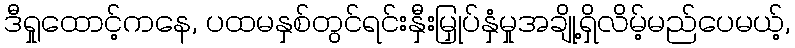
ဒီရှုထောင့်ကနေ, ပထမနှစ်တွင်ရင်းနှီးမြှုပ်နှံမှုအချို့ရှိလိမ့်မည်ပေမယ့်,